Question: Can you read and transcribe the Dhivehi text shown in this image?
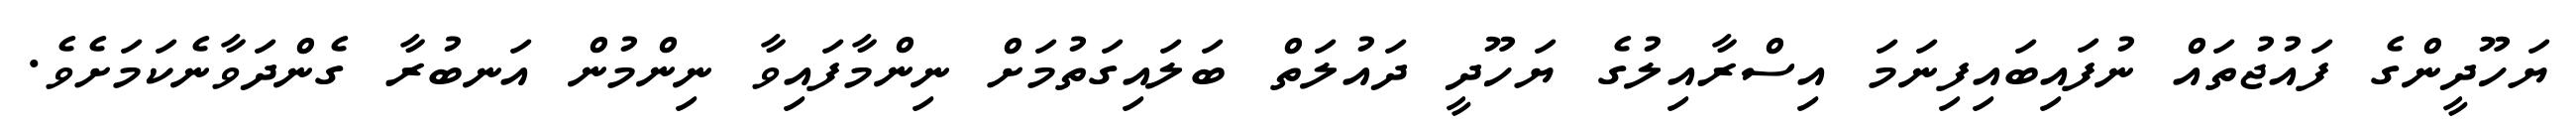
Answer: ޔަހޫދީންގެ ފައުޖުތައް ނުފައިބައިފިނަމަ އިސްރާއިލުގެ ޔަހޫދީ ދައުލަތް ބަލައިގަތުމަށް ނިންމާފައިވާ ނިންމުން އަނބުރާ ގެންދަވާނެކަމަށެވެ.